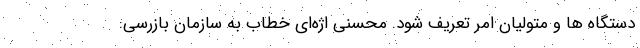
دستگاه ها و متولیان امر تعریف شود. محسنی اژه‌ای خطاب به سازمان بازرسی: